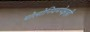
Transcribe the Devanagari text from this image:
पोलोनियमपेक्षाही